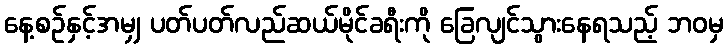
နေ့စဉ်နှင့်အမျှ ပတ်ပတ်လည်ဆယ်မိုင်ခရီးကို ခြေလျင်သွားနေရသည့် ဘဝမှ